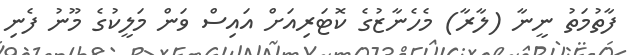
ފާތުމަތު ނީނާ (ލާރާ) މެހެނާޒުގެ ކޮޓަރިއަށް އައިސް ވަން މަލީކުގެ މޫނު ފެނި